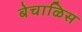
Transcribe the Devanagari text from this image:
बेचाळिस